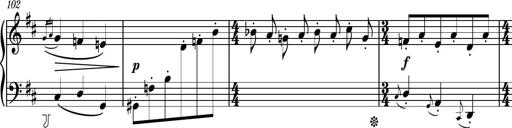
Title: Piano Sonatina No.4
Composer: Dimitri Sykias
Key: D major